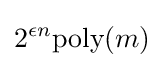
2^{\epsilon n}{\text{poly}}(m)